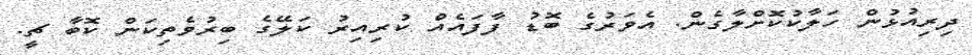
ދިރިއުޅުން ހަލާކުކޮށްލާގެން. އެވަރުގެ ބޮޑު ފާފައެއް ކުރިއިރު ކަލޭގެ ބިރުވެތިކަން ކޮބާ ޗީ.